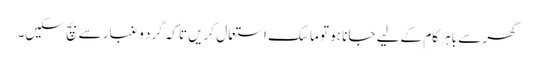
گھر سے باہر کام کے لیے جانا ہو تو ماسک استعمال کریں تاکہ گرد و غبار سے بچ سکیں۔